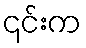
၎င်းက